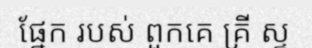
ផ្នែក របស់ ពួកគេ គ្រី ស្ទ